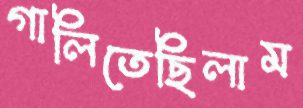
গালিতেছিলাম